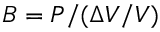
B = P / ( \Delta V / V )